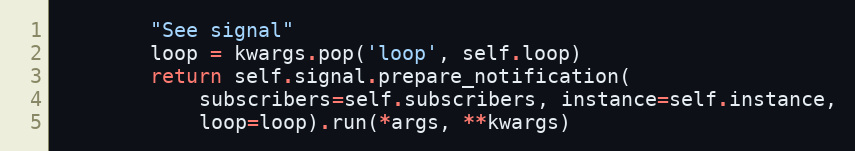
Language: Python
        "See signal"
        loop = kwargs.pop('loop', self.loop)
        return self.signal.prepare_notification(
            subscribers=self.subscribers, instance=self.instance,
            loop=loop).run(*args, **kwargs)